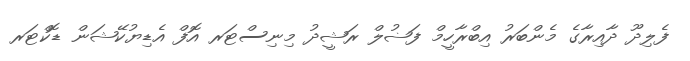
ފެލިދޫ ދާއިރާގެ މެންބަރު އިބްރާހީމް ފަޟުލް ރަޝީދު މިނިސްޓަރ އޮފް އެޑިޔުކޭޝަން ޑޮކްޓަރ